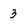
Character: 3